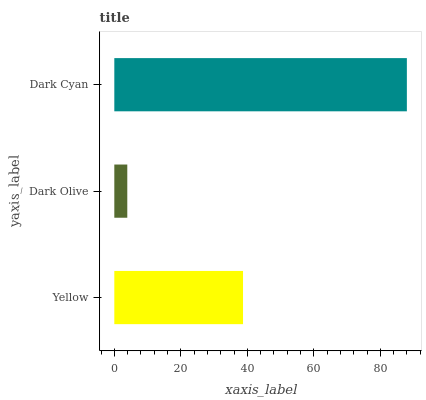
| yaxis_label | bars |
 | --- | --- |
 | Yellow | 38.7 |
 | Dark Olive | 3.9 |
 | Dark Cyan | 88 |